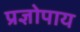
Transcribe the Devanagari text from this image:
प्रज्ञोपाय